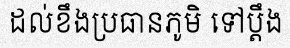
ដល់ខឹងប្រធានភូមិ ទៅប្តឹង